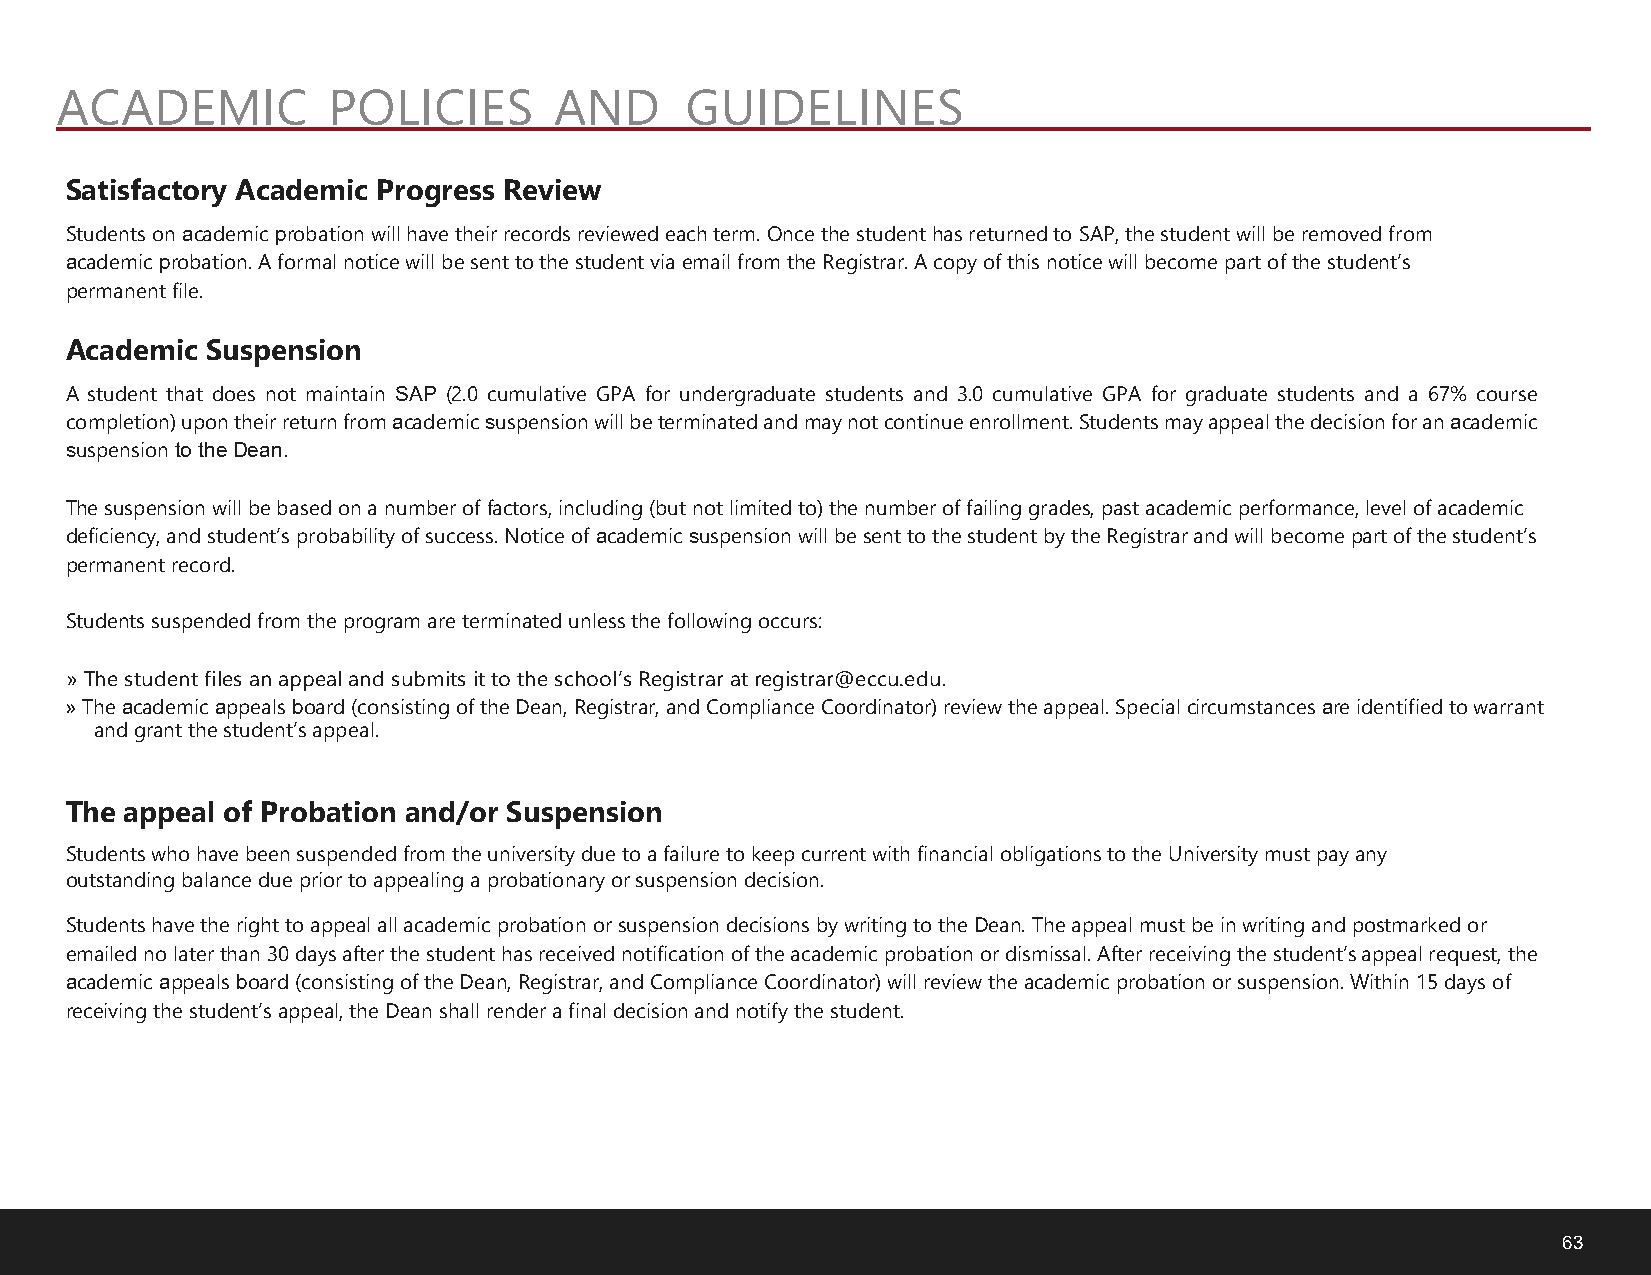
ACADEMIC          POLICIES       AND     GUIDELINES
 Satisfactory Academic Progress Review
 Students on academic probation will have their records reviewed each term. Once the student has returned to SAP, the student will be removed from
 academic probation. A formal notice will be sent to the student via email from the Registrar. A copy of this notice will become part of the student’s
 permanent file.
 Academic  Suspension
 A student that does not maintain SAP (2.0 cumulative GPA for undergraduate students and 3.0 cumulative GPA for graduate students and a 67% course
 completion) upon their return from academic suspension will be terminated and may not continue enrollment. Students may appeal the decision for an academic
 suspension to the Dean.
 The suspension will be based on a number of factors, including (but not limited to) the number of failing grades, past academic performance, level of academic
 deficiency, and student’s probability of success. Notice of academic suspension will be sent to the student by the Registrar and will become part of the student’s
 permanent record.
 Students suspended from the program are terminated unless the following occurs:
 »The student files an appeal and submits it to the school’s Registrar at registrar@eccu.edu.
 »The academic appeals board (consisting of the Dean, Registrar, and Compliance Coordinator) review the appeal. Special circumstances are identified to warrant
 and grant the student’s appeal.
 The appeal of Probation and/or Suspension
 Students who have been suspended from the university due to a failure to keep current with financial obligations to the University must pay any
 outstanding balance due prior to appealing a probationary or suspension decision.
 Students have the right to appeal all academic probation or suspension decisions by writing to the Dean. The appeal must be in writing and postmarked or
 emailed no later than 30 days after the student has received notification of the academic probation or dismissal. After receiving the student’s appeal request, the
 academic appeals board (consisting of the Dean, Registrar, and Compliance Coordinator) will review the academic probation or suspension. Within 15 days of
 receiving the student’s appeal, the Dean shall render a final decision and notify the student.
 63